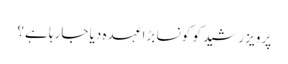
پرویز رشید کو کونسا بڑا عہدہ دیا جارہا ہے؟